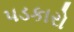
પડકારો